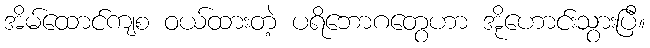
အိမ်ထောင်ကျစ ဝယ်ထားတဲ့ ပရိဘောဂတွေဟာ အိုဟောင်းသွားပြီ။